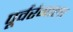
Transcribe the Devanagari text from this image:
पूर्वरंगाला